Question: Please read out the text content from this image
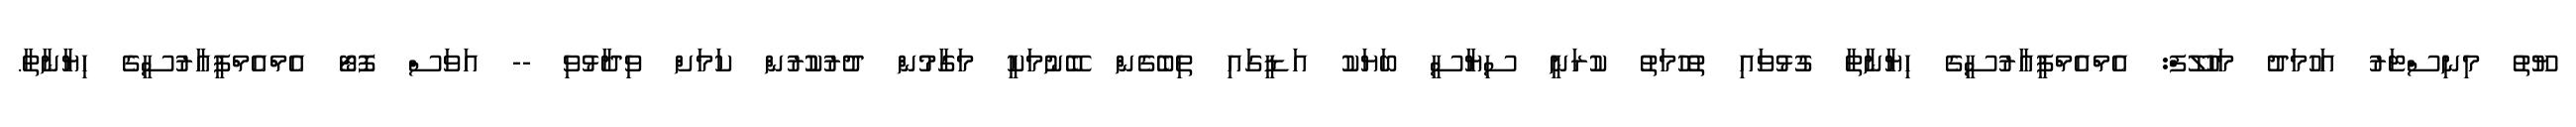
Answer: ޔޫތު މިނިސްޓަރު އަހުމަދު މަހުލޫފް: އެމްއެމްޕީއާރުސީގެ ހިޔާނާތާ ގުޅުވައި ތުހުމަތު ކުރަނީ ސިޔާސީ ބަޔަކު އަޑީގައި ތިބެގެން ބޭނުމަކީ މަގާމުން ދުރުކުުރުން ކަމަށް ވިދާޅުވި -- އަވަސް ފޮޓޯ އެމްއެމްޕީއާރުސީގެ ހިޔާނާތާ.